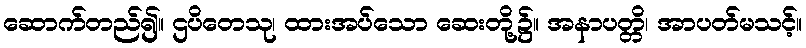
ဆောက်တည်၍။ ဌပိတေသု၊ ထားအပ်သော ဆေးတို့၌။ အနာပတ္တိ၊ အာပတ်မသင့်။